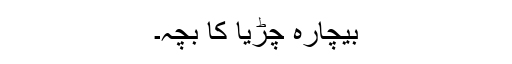
بیچارہ چڑیا کا بچہ۔